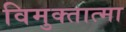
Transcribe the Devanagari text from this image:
विमुक्तात्मा